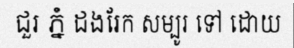
ជួរ ភ្នំ ដងរែក សម្បូរ ទៅ ដោយ